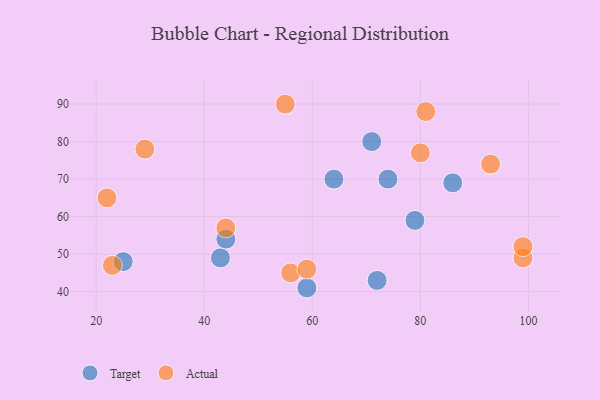
{"axis": {"x": "GDP", "y": "Life Expectancy"}, "legend": ["Actual", "Target"], "data": [{"x": "79", "y": 59, "type": "Target"}, {"x": "72", "y": 43, "type": "Target"}, {"x": "59", "y": 41, "type": "Target"}, {"x": "74", "y": 70, "type": "Target"}, {"x": "44", "y": 54, "type": "Target"}, {"x": "25", "y": 48, "type": "Target"}, {"x": "64", "y": 70, "type": "Target"}, {"x": "43", "y": 49, "type": "Target"}, {"x": "86", "y": 69, "type": "Target"}, {"x": "71", "y": 80, "type": "Target"}, {"x": "81", "y": 88, "type": "Actual"}, {"x": "99", "y": 49, "type": "Actual"}, {"x": "99", "y": 52, "type": "Actual"}, {"x": "80", "y": 77, "type": "Actual"}, {"x": "22", "y": 65, "type": "Actual"}, {"x": "23", "y": 47, "type": "Actual"}, {"x": "55", "y": 90, "type": "Actual"}, {"x": "56", "y": 45, "type": "Actual"}, {"x": "29", "y": 78, "type": "Actual"}, {"x": "93", "y": 74, "type": "Actual"}, {"x": "59", "y": 46, "type": "Actual"}, {"x": "44", "y": 57, "type": "Actual"}]}